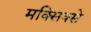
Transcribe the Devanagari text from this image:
मक्सिक्से